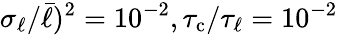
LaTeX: \sigma_{\ell}/\bar{\ell})^{2}=10^{-2},{\tau_{\mathrm{c}}}/{\tau_{\ell}}=10^{-2}